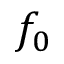
f _ { 0 }